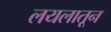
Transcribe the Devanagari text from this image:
लयलातून